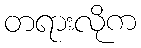
တရားလိုက